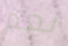
نعم